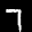
Label: 7